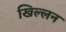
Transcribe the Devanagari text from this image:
खिल्लन